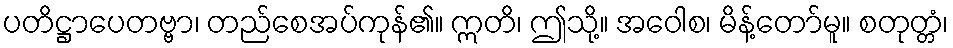
ပတိဋ္ဌာပေတဗ္ဗာ၊ တည်စေအပ်ကုန်၏။ ဣတိ၊ ဤသို့။ အဝေါစ၊ မိန့်တော်မူ။ စတုတ္တံ၊